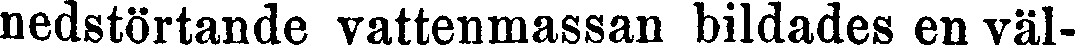
nedstörtande vattenmassan bildades en väl-